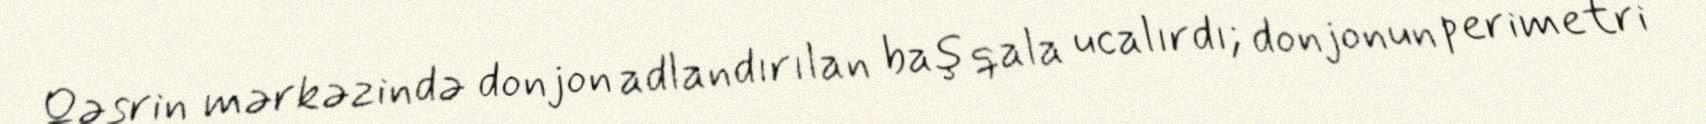
Qəsrin mərkəzində donjon adlandırılan baş qala ucalırdı; donjonun perimetri